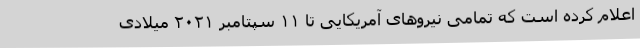
اعلام کرده است که تمامی نیروهای آمریکایی تا ۱۱ سپتامبر ۲۰۲۱ میلادی